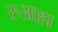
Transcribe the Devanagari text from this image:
रुआहा